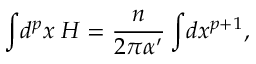
\int \! d ^ { p } x \; H = \frac { n } { 2 \pi \alpha ^ { \prime } } \int \! d x ^ { p + 1 } ,